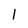
Character: 1